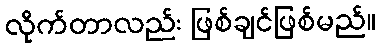
လိုက်တာလည်း ဖြစ်ချင်ဖြစ်မည်။